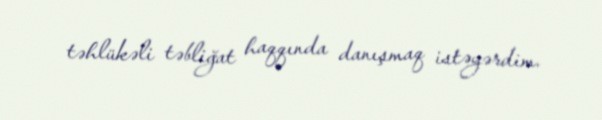
təhlükəli təbliğat haqqında danışmaq istəyərdim.